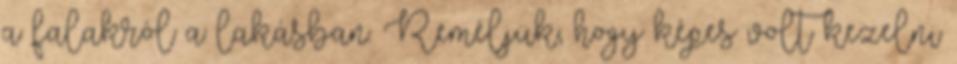
a falakról a lakásban. Reméljük, hogy képes volt kezelni